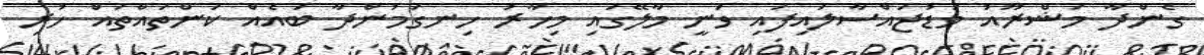
ގެންދާ މަޝްރޫއު މަޑުޖައްސާލައިފައި ވަނީ މާލޭގައި މިހާރު ހިނގަމުންދާ ބައެއް ކަންތައްތައް ހުރި